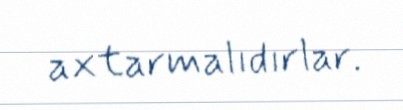
axtarmalıdırlar.